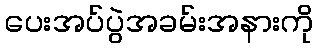
ပေးအပ်ပွဲအခမ်းအနားကို